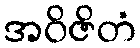
အဝိဇိတံ